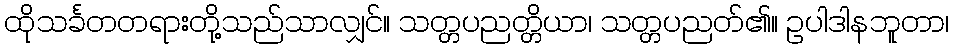
ထိုသင်္ခတတရားတို့သည်သာလျှင်။ သတ္တပညတ္တိယာ၊ သတ္တပညတ်၏။ ဥပါဒါနဘူတာ၊